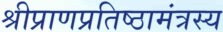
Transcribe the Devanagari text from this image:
श्रीप्राणप्रतिष्ठामंत्रस्य